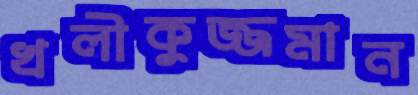
খলীকুজ্জমান